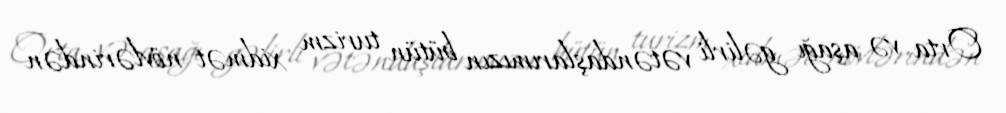
Orta və aşağı gəlirli vətəndaşlarımızın bütün turizm xidmət növlərindən